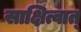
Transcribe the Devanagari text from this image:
साक्षित्वात्